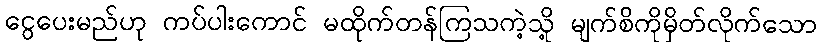
ငွေပေးမည်ဟု ကပ်ပါးကောင် မထိုက်တန်ကြသကဲ့သို့ မျက်စိကိုမှိတ်လိုက်သော